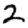
Digit: 2